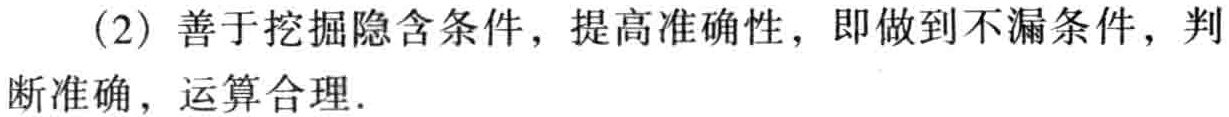
(2) 善于挖掘隐含条件，提高准确性，即做到不漏条件，判断准确，运算合理.